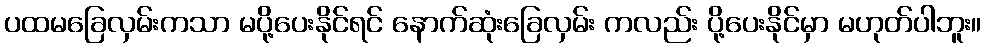
ပထမခြေလှမ်းကသာ မပို့ပေးနိုင်ရင် နောက်ဆုံးခြေလှမ်း ကလည်း ပို့ပေးနိုင်မှာ မဟုတ်ပါဘူး။